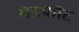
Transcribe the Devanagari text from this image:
मडफोर्ट